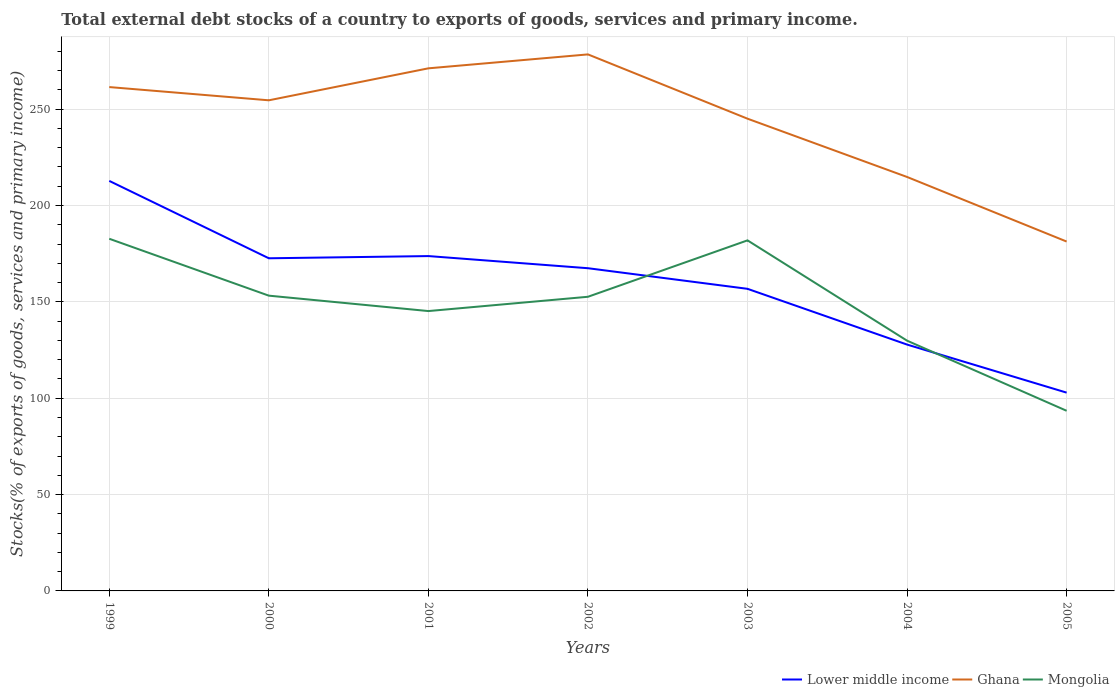
| Years | Lower middle income | Ghana | Mongolia |
 | --- | --- | --- | --- |
 | 1999 | 213 | 261 | 183 |
 | 2000 | 173 | 255 | 153 |
 | 2001 | 174 | 271 | 145 |
 | 2002 | 167 | 278 | 153 |
 | 2003 | 157 | 245 | 182 |
 | 2004 | 128 | 215 | 130 |
 | 2005 | 103 | 181 | 93.5 |